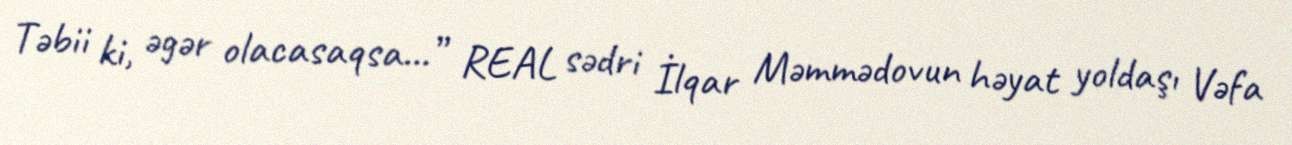
Təbii ki, əgər olacasaqsa...” REAL sədri İlqar Məmmədovun həyat yoldaşı Vəfa